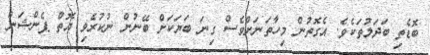
ބޮޑެތި ބަދަލުތަކެވެ. އެގޮތުން މިހާތަނަށްވެސް ގިނަ ބަޔަކަށް ބޭނުން ނުކުރެވި އޮތް ޕެންޝަން